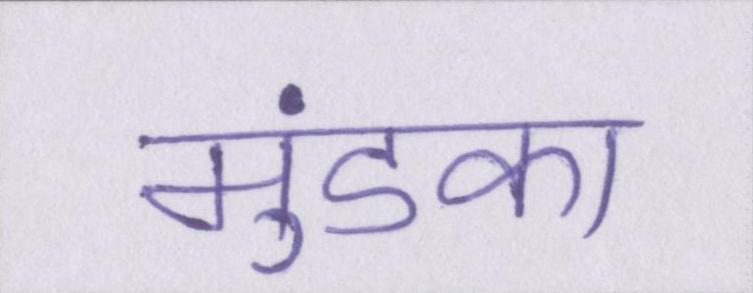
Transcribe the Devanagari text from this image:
मुंडका